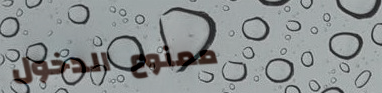
ممنوع الدخول